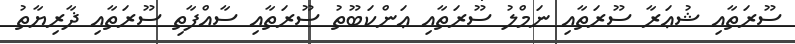
ސޫރަތާއި ޝުޢަރާ ސޫރަތާއި ނަމްލު ސޫރަތާއި ޢަންކަބޫތު ސޫރަތާއި ސާއްފާތި ސޫރަތާއި ޛާރިޔާތު